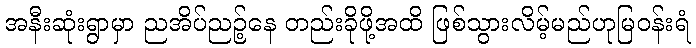
အနီးဆုံးရွာမှာ ညအိပ်ညဉ့်နေ တည်းခိုဖို့အထိ ဖြစ်သွားလိမ့်မည်ဟုမြဝန်းရံ